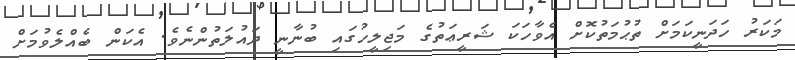
މަކަރު ހަދަނީކަމަށް ތުޙުމަތުކޮށް އެވާހަކަ ޝަރީޢަތުގެ މަޖިލީހުގައި ބުނާނީ ދައުލަތުންނެވެ. އެކަން ބެއްލެވުމަށް